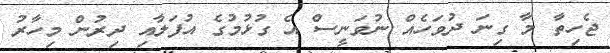
ޖެހިތާ މާ ގިނަ ދުވަހެއް ނުވަނީސް އެ ގުޅުމުގެ އުފަލާއި ދިރުން މިހާރު